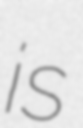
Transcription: is